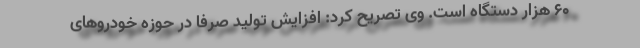
۶۰ هزار دستگاه است. وی تصریح کرد: افزایش تولید صرفا در حوزه خودروهای